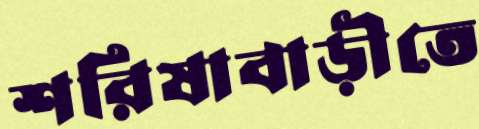
শরিষাবাড়ীতে